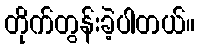
တိုက်တွန်းခဲ့ပါတယ်။